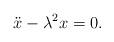
LaTeX: \begin{align*} \ddot{x} - \lambda^2{x} = 0 .\end{align*}